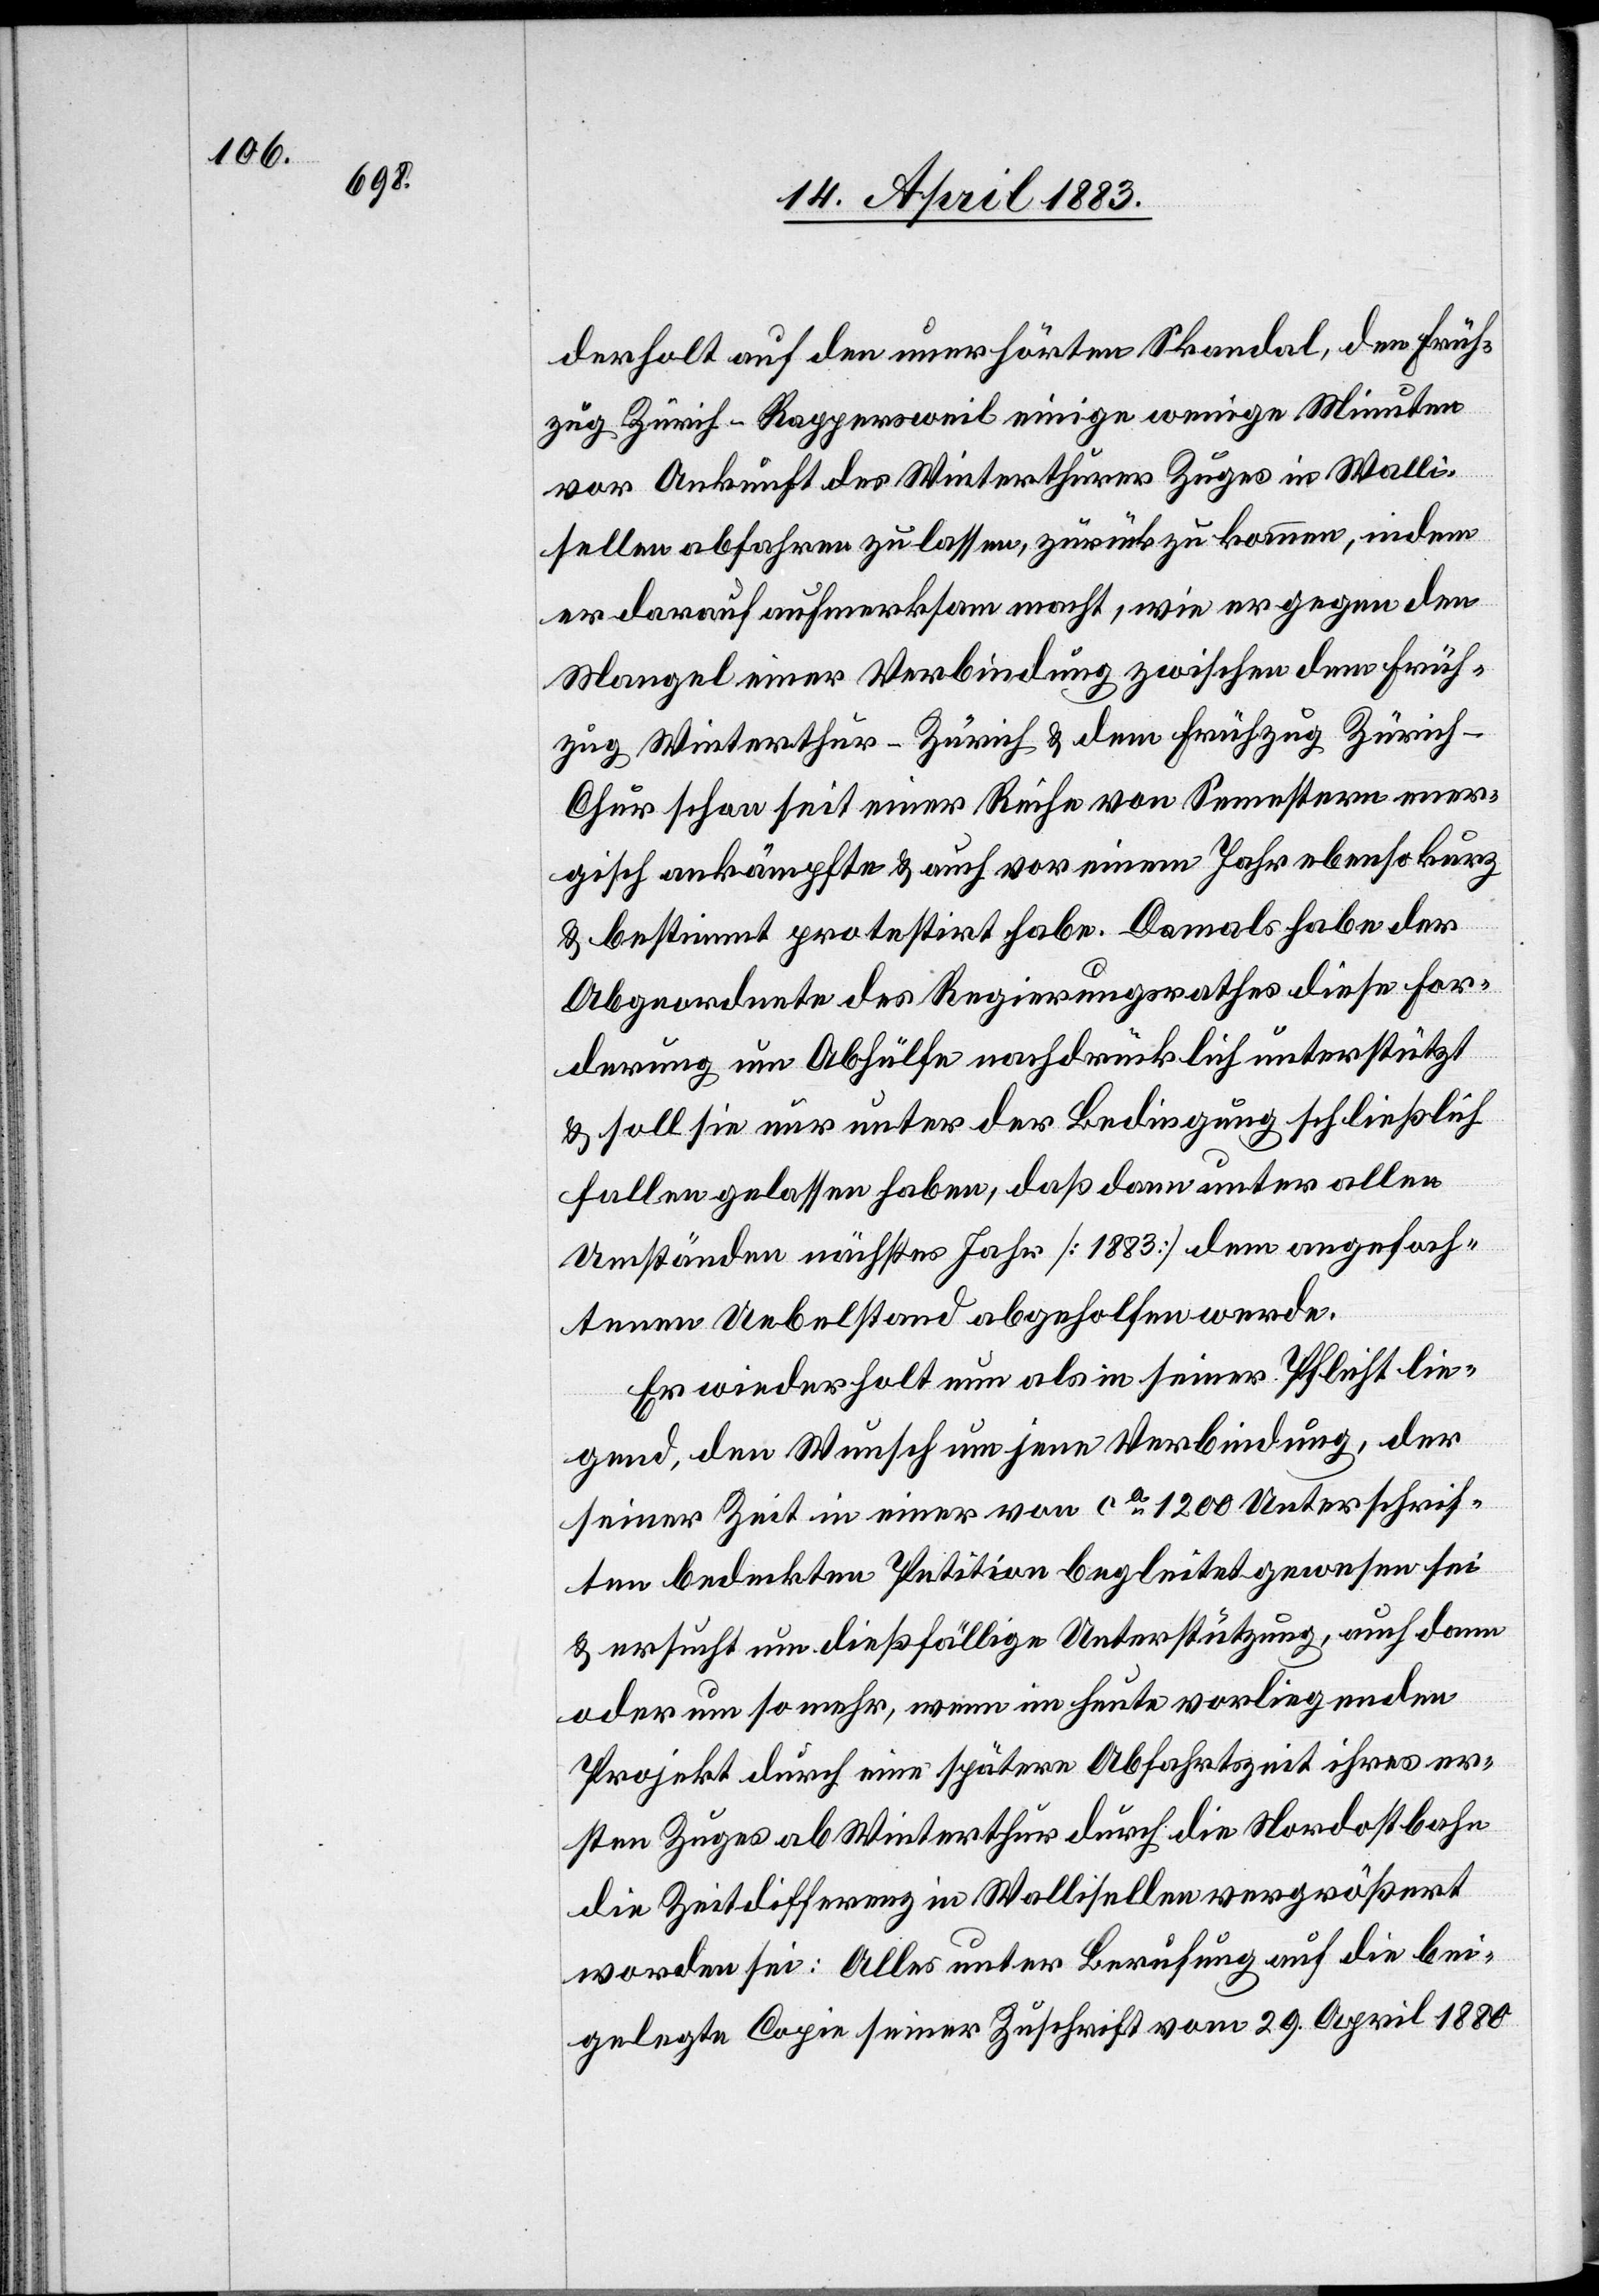
derholt auf den unerhörten Skandal, den Früh¬
zug Zürich–Rappersweil einige wenige Minuten
vor Ankunft des Winterthurer Zuges in Walli¬
sellen abfahren zu lassen, zurück zu kommen, indem
er darauf aufmerksam macht, wie er gegen den
Mangel einer Verbindung zwischen dem Früh¬
zug Winterthur–Zürich & dem Frühzug Zürich–C¬
hur schon seit einer Reihe von Semestern ener¬
gisch ankämpfte & auch vor einem Jahr ebenso kurz
& bestimmt protestirt habe. Damals habe der
Abgeordnete des Regierungsrathes diese For¬
derung um Abhülfe nachdrücklich unterstützt
& soll sie nur unter der Bedingung schließlich
fallen gelassen haben, daß dann unter allen
Umständen nächstes Jahr [1883] dem angefoch¬
tenen Uebelstand abgeholfen werde.
Er wiederholt nun als in seiner Pflicht lie¬
gend, den Wunsch um jene Verbindung, der
seiner Zeit in einer von ca 1200 Unterschrif¬
ten bedeckten Petition begleitet gewesen sei
& ersucht um dießfällige Unterstützung, auch dann
oder um so mehr, wenn im heute vorliegenden
Projekt durch eine spätere Abfahrtszeit ihres er¬
sten Zuges ab Winterthur durch die Nordostbahn
die Zeitdifferenz in Wallisellen vergrößert
worden sei: Alles unter Berufung auf die bei¬
gelegte Copie seiner Zuschrift vom 29. April 1880